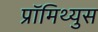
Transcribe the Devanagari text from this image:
प्रॉमिथ्युस